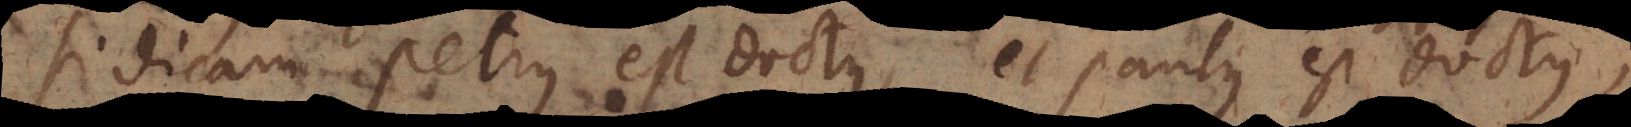
si dicam Petrus est doctus, et Paulus est doctus,